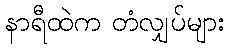
နာရီထဲက တံလျှပ်များ